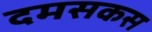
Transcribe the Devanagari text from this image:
दमसकस